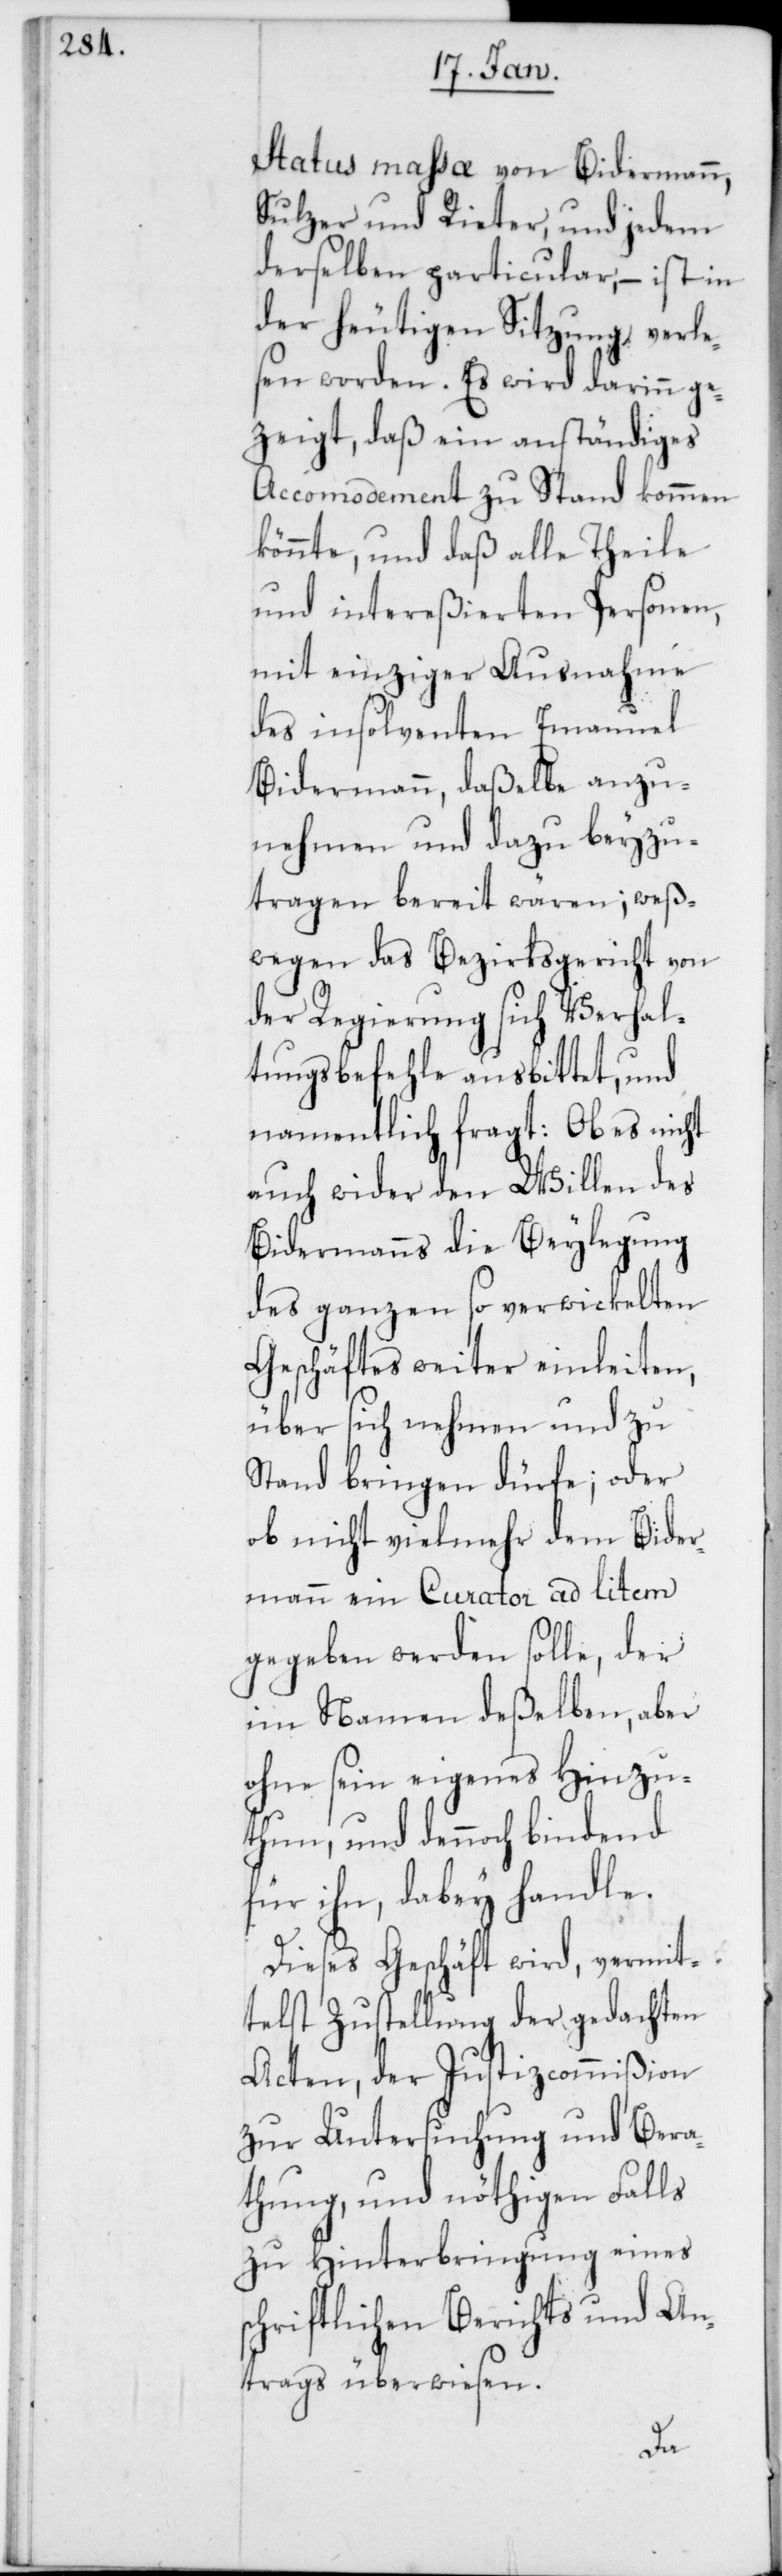
Status mahsa von Bidermann,
Sulzer & Rieter, und jedem
derselben particular, – ist in
der heutigen Sitzung verle¬
sen worden. Es wird darinn ge¬
zeigt, daß ein anständiges
Accomodement zu Stand kommen
könnte, und daß alle Theile
und intereßierten Personen,
mit einziger Ausnahme
des insolventen Emanuel
Bidermann, daßelbe anzu¬
nehmen und dazu beyzu¬
tragen bereit wären; weß¬
wegen das Bezirksgericht von
der Regierung sich Verhal¬
tungsbefehle ausbittet, und
namentlich fragt: Ob es nicht
auch wider den Willen des
Bidermanns die Beylegung
des ganzen so verwickelten
Geschäftes weiter einleiten,
über sich nehmen und zu
Stand bringen dürfe; oder
ob nicht vielmehr dem Bider¬
mann ein Curator ad litem
gegeben werden solle, der
im Namen deßelben, aber
ohne sein eigenes Hinzu¬
thun, und dennoch bindend
für ihn, dabey handle.
Dieses Geschäft wird, vermit¬
telst Zustellung der gedachten
Acten, der Justizcommißion
zur Untersuchung und Bera¬
thung, und nöthigen Falls
zu Hinterbringung eines
schriftlichen Berichts und An¬
trags überwiesen.